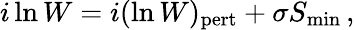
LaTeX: i\ln W=i(\ln W)_{\mathrm{pert}}+\sigma S_{\mathrm{min}}\, ,